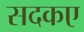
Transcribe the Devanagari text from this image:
सदकए